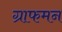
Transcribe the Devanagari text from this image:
ग्राफमन